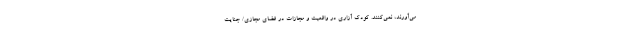
می‌آورند، نمی‌کنند. کودک آزاری در واقعیت و مجازات در فضای مجازی/ جنایت